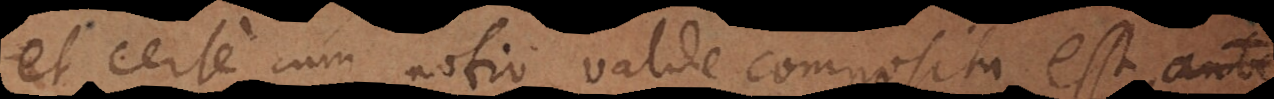
Et certe cum notio valde composita est, non